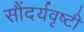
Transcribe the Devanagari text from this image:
सौंदर्यवृष्टी